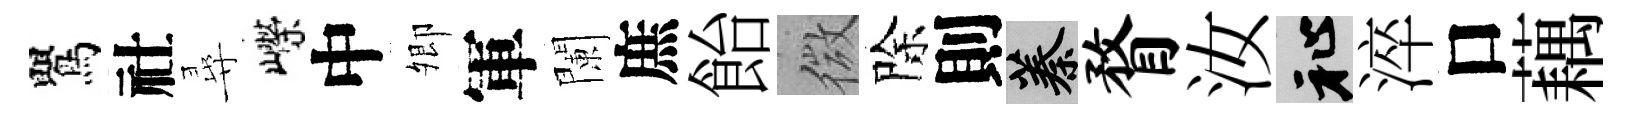
鸎社尋嶸中𡖖軍闌庶飴微除則蓁瞀汝祉淬口藕